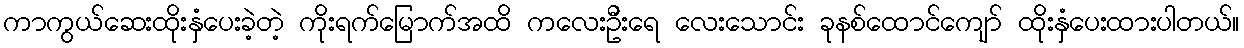
ကာကွယ်ဆေးထိုးနှံပေးခဲ့တဲ့ ကိုးရက်မြောက်အထိ ကလေးဦးရေ လေးသောင်း ခုနစ်ထောင်ကျော် ထိုးနှံပေးထားပါတယ်။